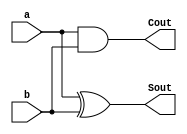
module HalfAdder(Sout,Cout,a,b);
  input a,b;
  output Sout,Cout;
  
  xor x1(Sout,a,b);
  and a1(Cout,a,b);
  
endmodule